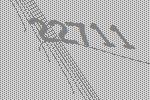
22711